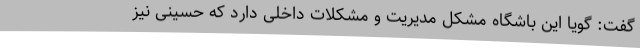
گفت: گویا این باشگاه مشکل مدیریت و مشکلات داخلی دارد که حسینی نیز